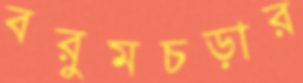
বরুমচড়ার